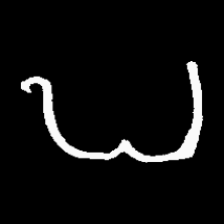
Pyu character \u2014 Myanmar letter: ဎ (romanized: ddha)